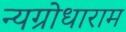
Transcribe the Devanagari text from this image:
न्यग्रोधाराम